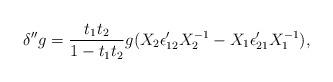
LaTeX: \begin{align*}\delta'' g = {t_1 t_2\over 1- t_1 t_2 } g(X_2 \epsilon'_{12} X_2^{-1} - X_1 \epsilon'_{21}X_1^{-1}),\end{align*}